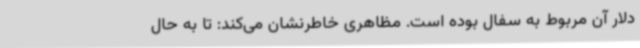
دلار آن مربوط به سفال بوده است. مظاهری خاطرنشان می‌کند: تا به حال